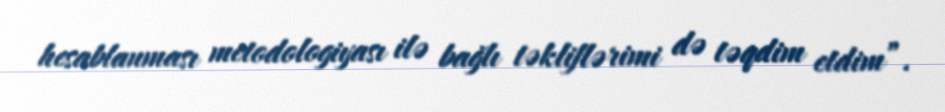
hesablanması metodologiyası ilə bağlı təkliflərimi də təqdim etdim”.